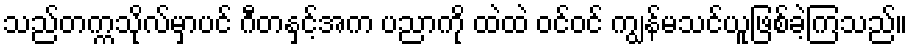
သည်တက္ကသိုလ်မှာပင် ဂီတနှင့်အက ပညာကို ထဲထဲ ဝင်ဝင် ကျွန်မသင်ယူဖြစ်ခဲ့ကြသည်။